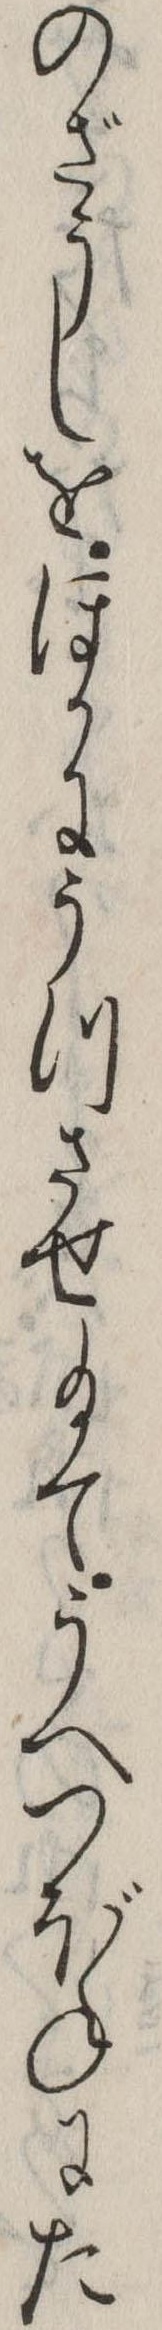
のざうしをほかにうつさせ給てうへつぼねにた